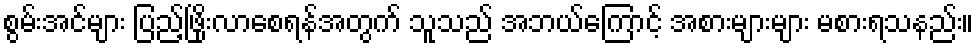
စွမ်းအင်များ ပြည့်ဖြိုးလာစေရန်အတွက် သူသည် အဘယ်ကြောင့် အစားများများ မစားရသနည်း။